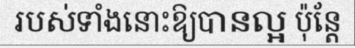
របស់ទាំងនោះឱ្យបានល្អ ប៉ុន្តែ